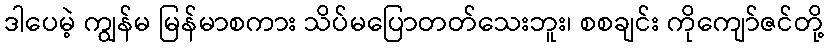
ဒါပေမဲ့ ကျွန်မ မြန်မာစကား သိပ်မပြောတတ်သေးဘူး၊ စစချင်း ကိုကျော်ဇင်တို့